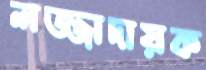
লজ্জাদায়ক